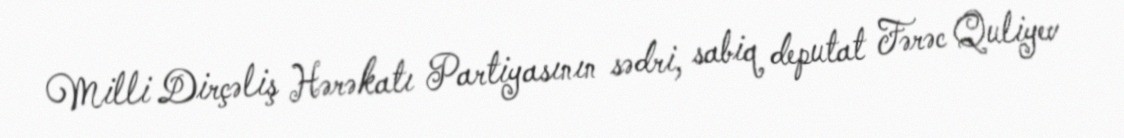
Milli Dirçəliş Hərəkatı Partiyasının sədri, sabiq deputat Fərəc Quliyev